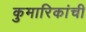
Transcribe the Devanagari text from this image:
कुमारिकांची